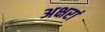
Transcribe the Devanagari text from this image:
अक्षरां